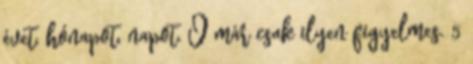
évet, hónapot, napot. Ő már csak ilyen figyelmes. 5